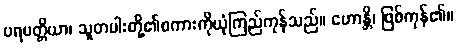
ပရပတ္တိယာ၊ သူတပါးတို့၏စကားကိုယုံကြည်ကုန်သည်။ ဟောန္တိ၊ ဖြစ်ကုန်၏။